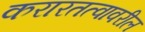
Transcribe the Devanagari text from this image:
करारतत्वावरील